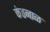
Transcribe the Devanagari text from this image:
कंठनाळ